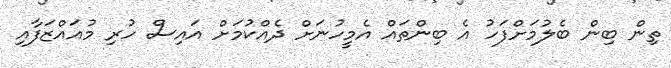
ތިން ބިން ބެލުމަށްފަހު އެ ބިންތައް އެމީހުނަށް ދެއްކުމަށް އައިސް ހުރި މުއައްޒަފާއި